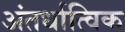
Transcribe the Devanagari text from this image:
अंतर्धात्विक